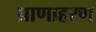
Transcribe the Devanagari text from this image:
प्राणाहरण